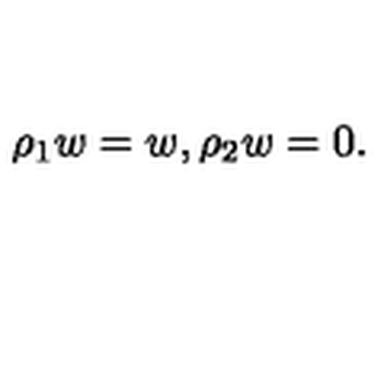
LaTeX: \rho _ { 1 } w = w , \rho _ { 2 } w = 0 .